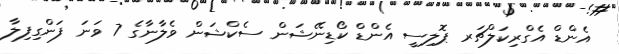
އެންޑް އެގްރިކަލްޗަރ ޕޮލިސީ އެންޑް ކޯޑިނޭޝަން ސެކްޝަން ވެލާނާގެ 7 ވަނަ ފަންގިފިލާ